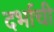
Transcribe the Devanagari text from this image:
दर्भाची